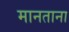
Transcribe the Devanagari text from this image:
मानताना